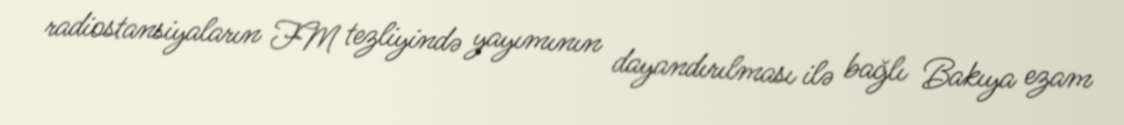
radiostansiyaların FM tezliyində yayımının dayandırılması ilə bağlı Bakıya ezam